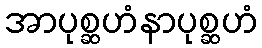
အာပုစ္ဆဟံနာပုစ္ဆဟံ